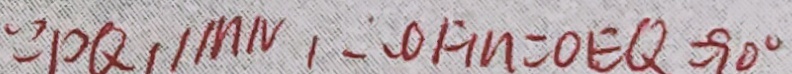
\because D Q \vert \vert M N , \therefore O H N = O E Q = 9 0 ^ { \circ }